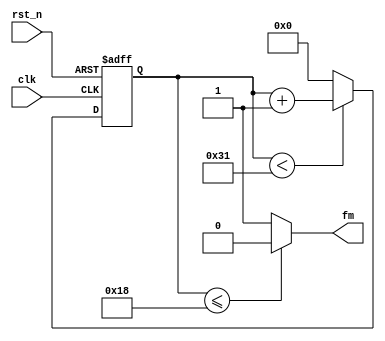
module fp_verilog(
		 clk,rst_n,
		 fm
);

input clk;
input rst_n;
output fm;

reg[5:0] cnt;

always @ (posedge clk or negedge rst_n)
	if(!rst_n) cnt<=6'd0;
	else if(cnt<6'd49) cnt<=cnt+1'b1;
	else cnt <= 6'd0;
	
assign fm=(cnt<=6'd24)? 1'b0:1'b1;

endmodule